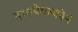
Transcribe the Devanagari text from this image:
दस्तयेवस्कीने